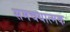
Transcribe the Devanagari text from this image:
समचयात्मक